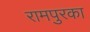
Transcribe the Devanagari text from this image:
रामपुरका